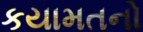
કયામતનો